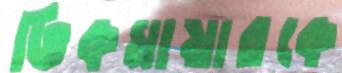
ভিকমায়ারকে